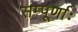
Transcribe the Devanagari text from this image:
सम्पूर्णाः